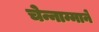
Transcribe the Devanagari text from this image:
चेन्नाम्माने